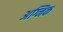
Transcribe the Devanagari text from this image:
अग्निक